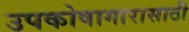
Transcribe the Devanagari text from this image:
उपकोषागारासाठी